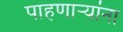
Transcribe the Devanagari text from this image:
पाहणाऱ्यांना